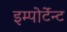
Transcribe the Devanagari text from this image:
इम्पोर्टेन्ट